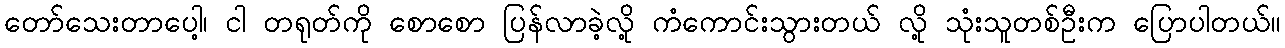
တော်သေးတာပေါ့၊ ငါ တရုတ်ကို စောစော ပြန်လာခဲ့လို့ ကံကောင်းသွားတယ် လို့ သုံးသူတစ်ဦးက ပြောပါတယ်။